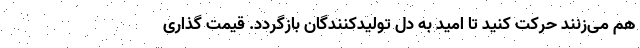
هم می‌زنند حرکت کنید تا امید به دل تولیدکنندگان بازگردد. قیمت گذاری